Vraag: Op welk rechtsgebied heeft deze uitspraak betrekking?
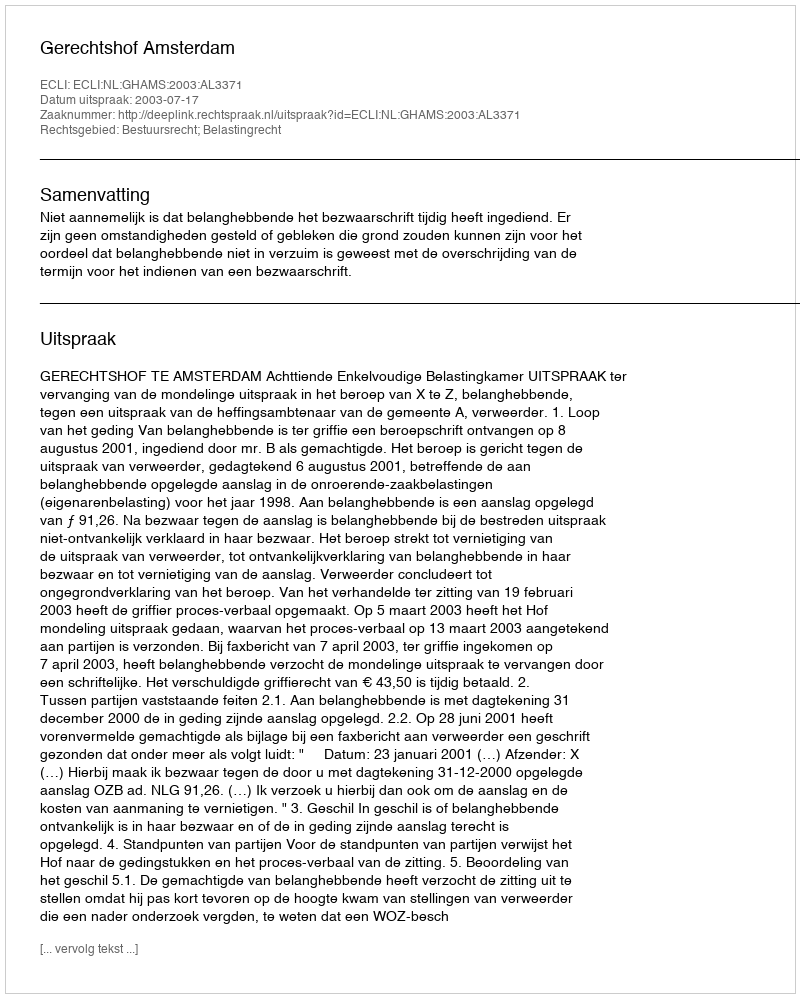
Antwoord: Bestuursrecht; Belastingrecht